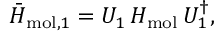
{ \bar { H } } _ { \mathrm { m o l } , 1 } = U _ { 1 } \, H _ { \mathrm { m o l } } \, U _ { 1 } ^ { \dagger } ,